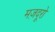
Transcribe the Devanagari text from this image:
मज़दूरो